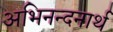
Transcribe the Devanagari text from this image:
अभिनन्दनार्थ